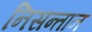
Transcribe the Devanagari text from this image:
निसन्तान